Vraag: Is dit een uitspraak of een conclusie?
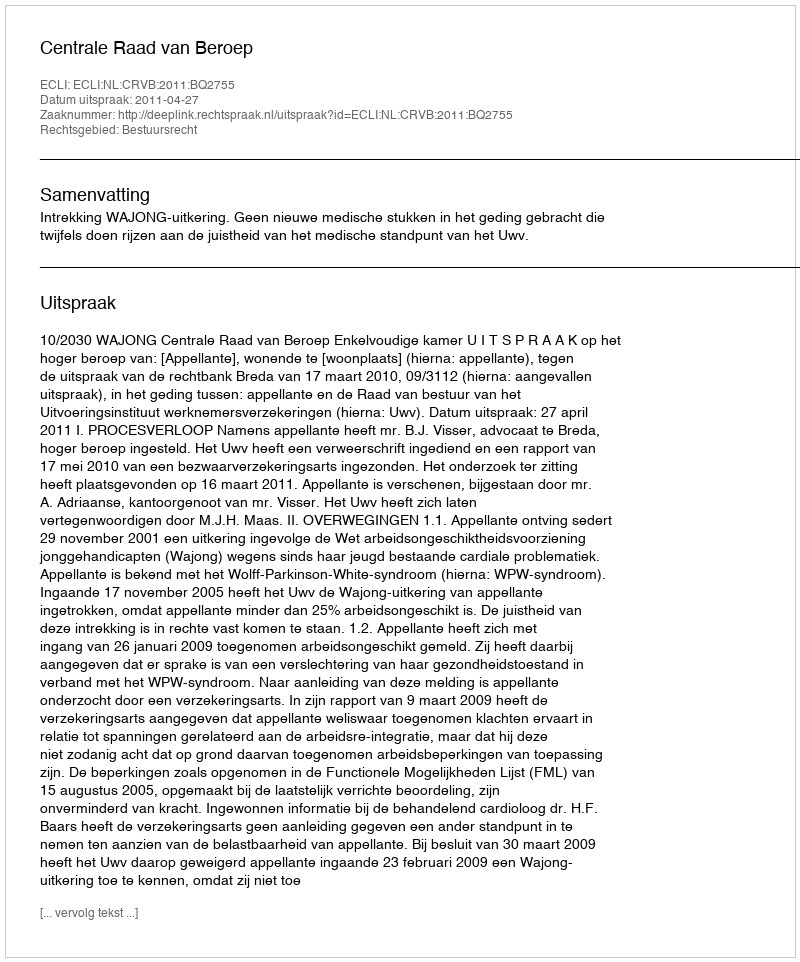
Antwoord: Uitspraak